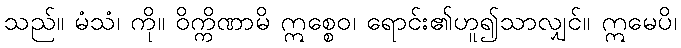
သည်။ မံသံ၊ ကို။ ဝိက္ကိဏာမိ ဣစ္စေဝ၊ ရောင်း၏ဟူ၍သာလျှင်။ ဣမေပိ၊